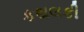
કથલકી